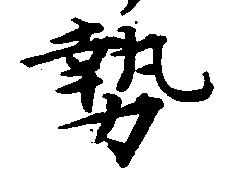
勢